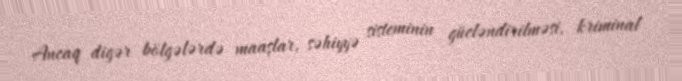
Ancaq digər bölgələrdə maaşlar, səhiyyə sisteminin gücləndirilməsi, kriminal